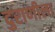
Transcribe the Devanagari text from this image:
दुराणीला